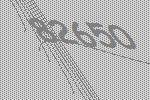
82650